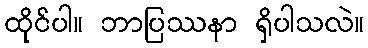
ထိုင်ပါ။ ဘာပြဿနာ ရှိပါသလဲ။